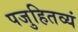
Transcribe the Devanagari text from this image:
पजुहितव्यं